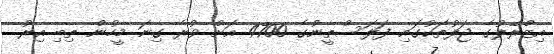
އިޒްރޭލުގެ ޖަލުތަކުގައި ފަލަސްތީނުގެ 4700 އަށް ވުރެ ގިނަ މީހުން ތިބި އިރު